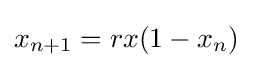
x_{n+1}=rx(1-x_{n})